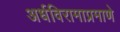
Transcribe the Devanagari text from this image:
अर्धविरामाप्रमाणे